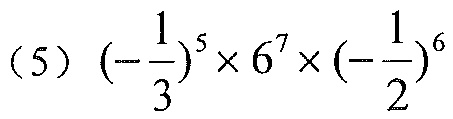
\((5)\ \left(-\dfrac{1}{3}\right)^{5}\times 6^{7}\times\left(-\dfrac{1}{2}\right)^{6}\)